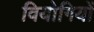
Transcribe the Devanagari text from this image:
वियोगियों